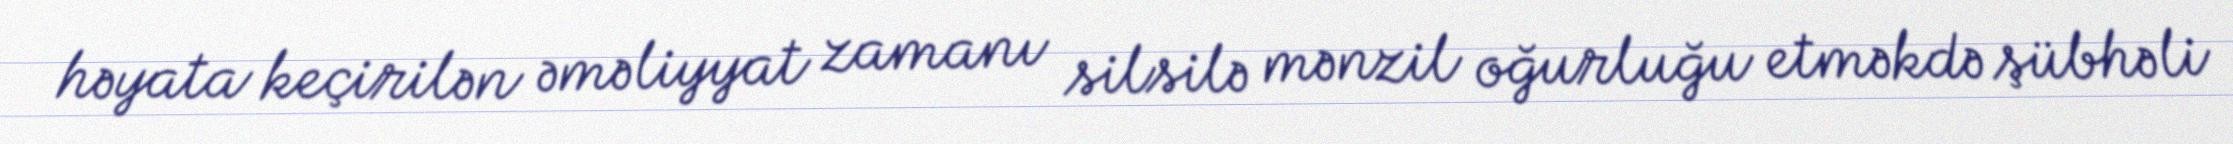
həyata keçirilən əməliyyat zamanı silsilə mənzil oğurluğu etməkdə şübhəli